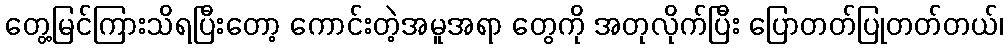
တွေ့မြင်ကြားသိရပြီးတော့ ကောင်းတဲ့အမူအရာ တွေကို အတုလိုက်ပြီး ပြောတတ်ပြုတတ်တယ်၊